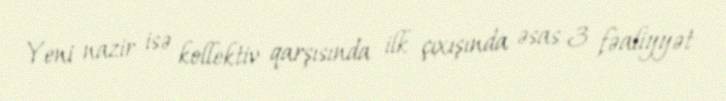
Yeni nazir isə kollektiv qarşısında ilk çıxışında əsas 3 fəaliyyət